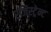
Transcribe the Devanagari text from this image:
रजिस्ट्रेन्ट